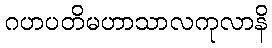
ဂဟပတိမဟာသာလကုလာနိ